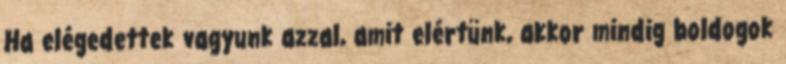
Ha elégedettek vagyunk azzal, amit elértünk, akkor mindig boldogok